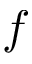
f